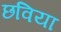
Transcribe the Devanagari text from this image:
छविया